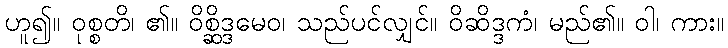
ဟူ၍။ ဝုစ္စတိ၊ ၏။ ဝိစ္ဆိဒ္ဒမေဝ၊ သည်ပင်လျှင်။ ဝိဆိဒ္ဒကံ၊ မည်၏။ ဝါ၊ ကား။